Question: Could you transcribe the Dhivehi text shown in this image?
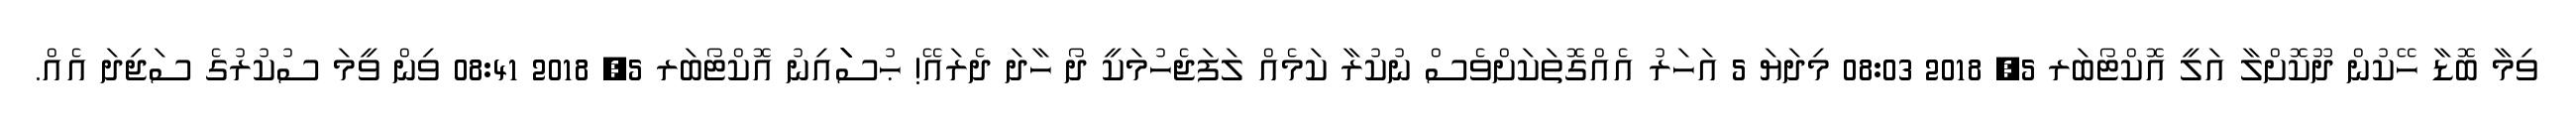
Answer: ވިމާ ބޮޑާ ހޭކުން ދޫކޮށްލާ އަލީ އޮކްޓޯބަރ 5, 2018 08:03 މިދަޔަ 5 އަހަރު އެއްގޮތަކަށްވެސް ނުކުރާ ކަމެއް ލަފަޖެހުމަކީ ދޯ ހާދަ ދެރައޭ! ޙުސަަަަަަަައިނު އޮކްޓޯބަރ 5, 2018 08:41 ވިން ވީމަ ސުކުރުގެ ސަޖިދަ އެއް.